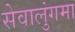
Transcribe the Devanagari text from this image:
सेवालुंगमा